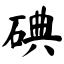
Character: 碘